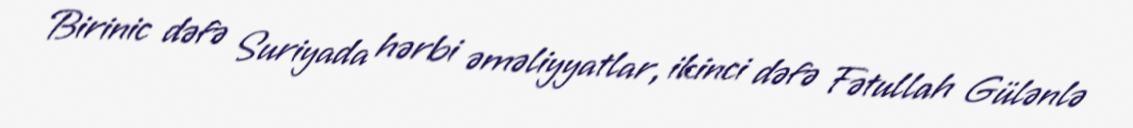
Birinic dəfə Suriyada hərbi əməliyyatlar, ikinci dəfə Fətullah Gülənlə